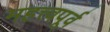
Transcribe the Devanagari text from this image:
महत्त्वपूर्व